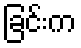
ခြင်းက